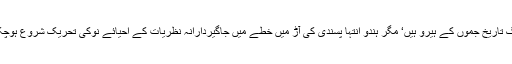
یہی لوگ تاریخ جموں کے ہیرو ہیں‘ مگر ہندو انتہا پسندی کی آڑ میں خطے میں جاگیردارانہ نظریات کے احیائے نوکی تحریک شروع ہوچکی ہے۔